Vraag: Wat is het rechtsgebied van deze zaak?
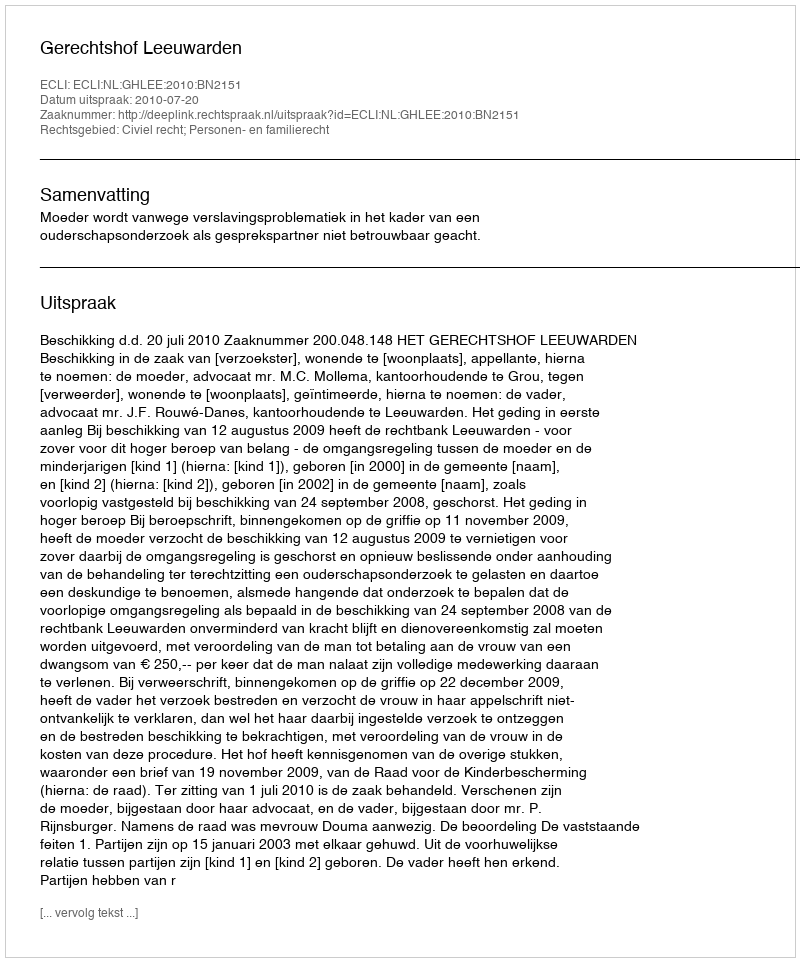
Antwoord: Civiel recht; Personen- en familierecht